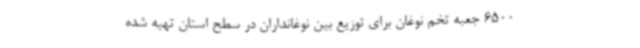
6500 جعبه تخم نوغان برای توزیع بین نوغانداران در سطح استان تهیه شده